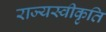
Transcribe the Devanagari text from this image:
राज्यस्वीकृति